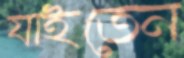
যাইতেন